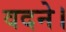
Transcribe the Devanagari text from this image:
वदने।